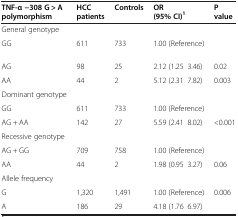
<table><thead><tr><td><b>TNF-α −308 G &gt; A polymorphism</b></td><td><b>HCC patients</b></td><td><b>Controls</b></td><td><b>OR (95% CI)<sup>1</sup></b></td><td><b>P value</b></td></tr></thead><tbody><tr><td>General genotype</td><td></td><td></td><td></td><td></td></tr><tr><td>GG</td><td>611</td><td>733</td><td>1.00 (Reference)</td><td></td></tr><tr><td>AG</td><td>98</td><td>25</td><td>2.12 (1.25–3.46)</td><td>0.02</td></tr><tr><td>AA</td><td>44</td><td>2</td><td>5.12 (2.31–7.82)</td><td>0.003</td></tr><tr><td>Dominant genotype</td><td></td><td></td><td></td><td></td></tr><tr><td>GG</td><td>611</td><td>733</td><td>1.00 (Reference)</td><td></td></tr><tr><td>AG + AA</td><td>142</td><td>27</td><td>5.59 (2.41–8.02)</td><td>&lt;0.001</td></tr><tr><td>Recessive genotype</td><td></td><td></td><td></td><td></td></tr><tr><td>AG + GG</td><td>709</td><td>758</td><td>1.00 (Reference)</td><td></td></tr><tr><td>AA</td><td>44</td><td>2</td><td>1.98 (0.95–3.27)</td><td>0.06</td></tr><tr><td>Allele frequency</td><td></td><td></td><td></td><td></td></tr><tr><td>G</td><td>1,320</td><td>1,491</td><td>1.00 (Reference)</td><td>0.006</td></tr><tr><td>A</td><td>186</td><td>29</td><td>4.18 (1.76–6.97)</td><td></td></tr></tbody></table>